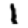
Digit: 1